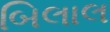
બિલાલ